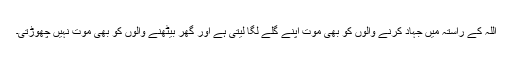
اللہ کے راستہ میں جہاد کرنے والوں کو بھی موت اپنے گلے لگا لیتی ہے اور گھر بیٹھنے والوں کو بھی موت نہیں چھوڑتی۔